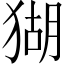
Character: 猢